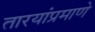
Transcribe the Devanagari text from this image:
तारयांप्रमाणे